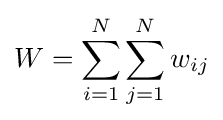
W=\sum _{i=1}^{N}\sum _{j=1}^{N}{w_{ij}}